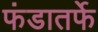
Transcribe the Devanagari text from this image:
फंडातर्फे